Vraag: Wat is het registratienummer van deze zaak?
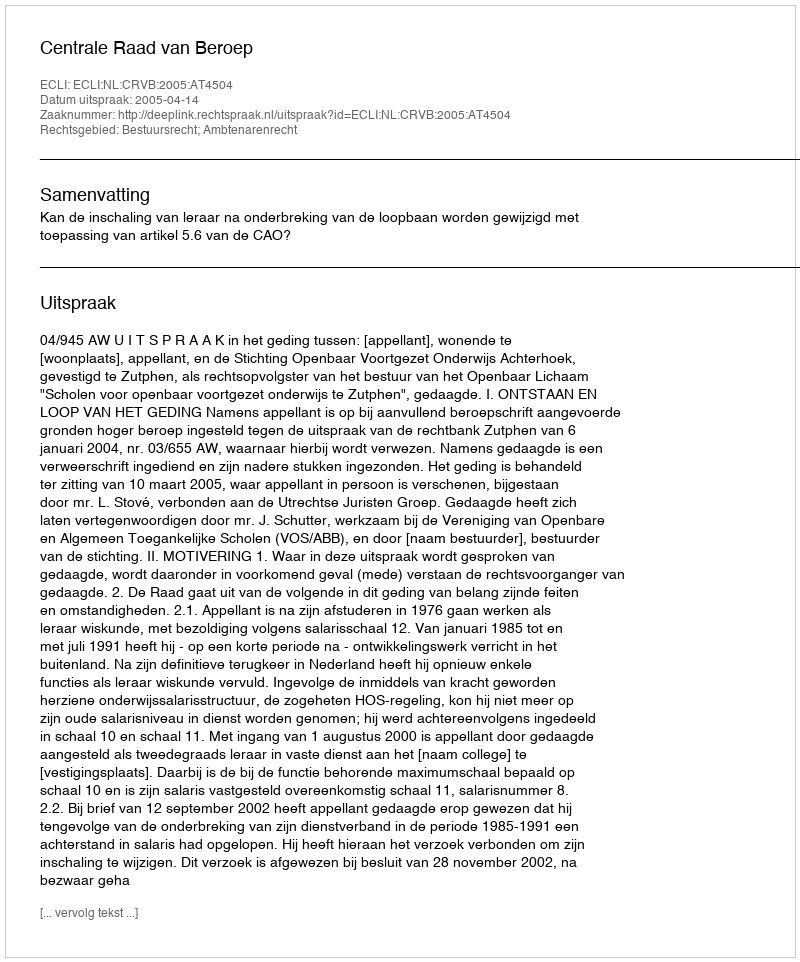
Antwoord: http://deeplink.rechtspraak.nl/uitspraak?id=ECLI:NL:CRVB:2005:AT4504